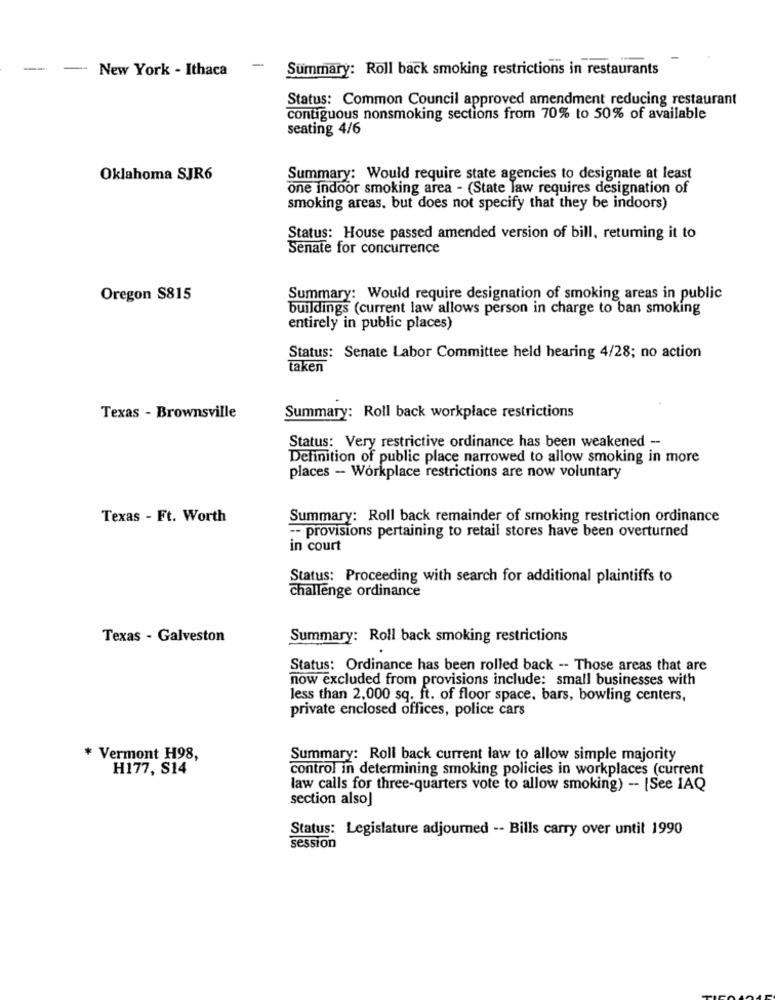
--
-
New York - Ithaca
-
Summary: Roll back smoking restrictions in restaurants
Status: Common Council approved amendment reducing restaurant
contiguous nonsmoking sections from 70% to 50% of available
seating 4/6
Oklahoma SJR6
Summary: Would require state agencies to designate at least
one indoor smoking area - (State law requires designation of
smoking areas. but does not specify that they be indoors)
Status: House passed amended version of bill, returning it to
Senate for concurrence
Oregon S815
Summary: Would require designation of smoking areas in public
buildings (current law allows person in charge to ban smoking
entirely in public places)
Status: Senate Labor Committee held hearing 4/28; no action
taken
Texas - Brownsville
Summary: Roll back workplace restrictions
Status: Very restrictive ordinance has been weakened --
Definition of public place narrowed to allow smoking in more
places - Workplace restrictions are now voluntary
Texas - Ft. Worth
Summary: Roll back remainder of smoking restriction ordinance
-- provisions pertaining to retail stores have been overturned
in court
Status: Proceeding with search for additional plaintiffs to
Challenge ordinance
Texas - Galveston
Summary: Roll back smoking restrictions
.
Status: Ordinance has been rolled back -- Those areas that are
now excluded from provisions include: small businesses with
less than 2,000 sq. ft. of floor space, bars, bowling centers,
private enclosed offices, police cars
* Vermont H98,
Summary: Roll back current law to allow simple majority
H177, S14
control in determining smoking policies in workplaces (current
law calls for three-quarters vote to allow smoking) -- [See IAQ
section also]
Status: Legislature adjourned -- Bills carry over untit 1990
session